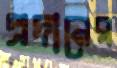
প্রদানের